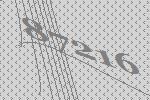
87216